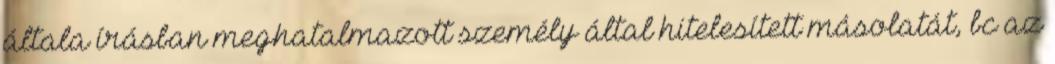
általa írásban meghatalmazott személy által hitelesített másolatát, bc az